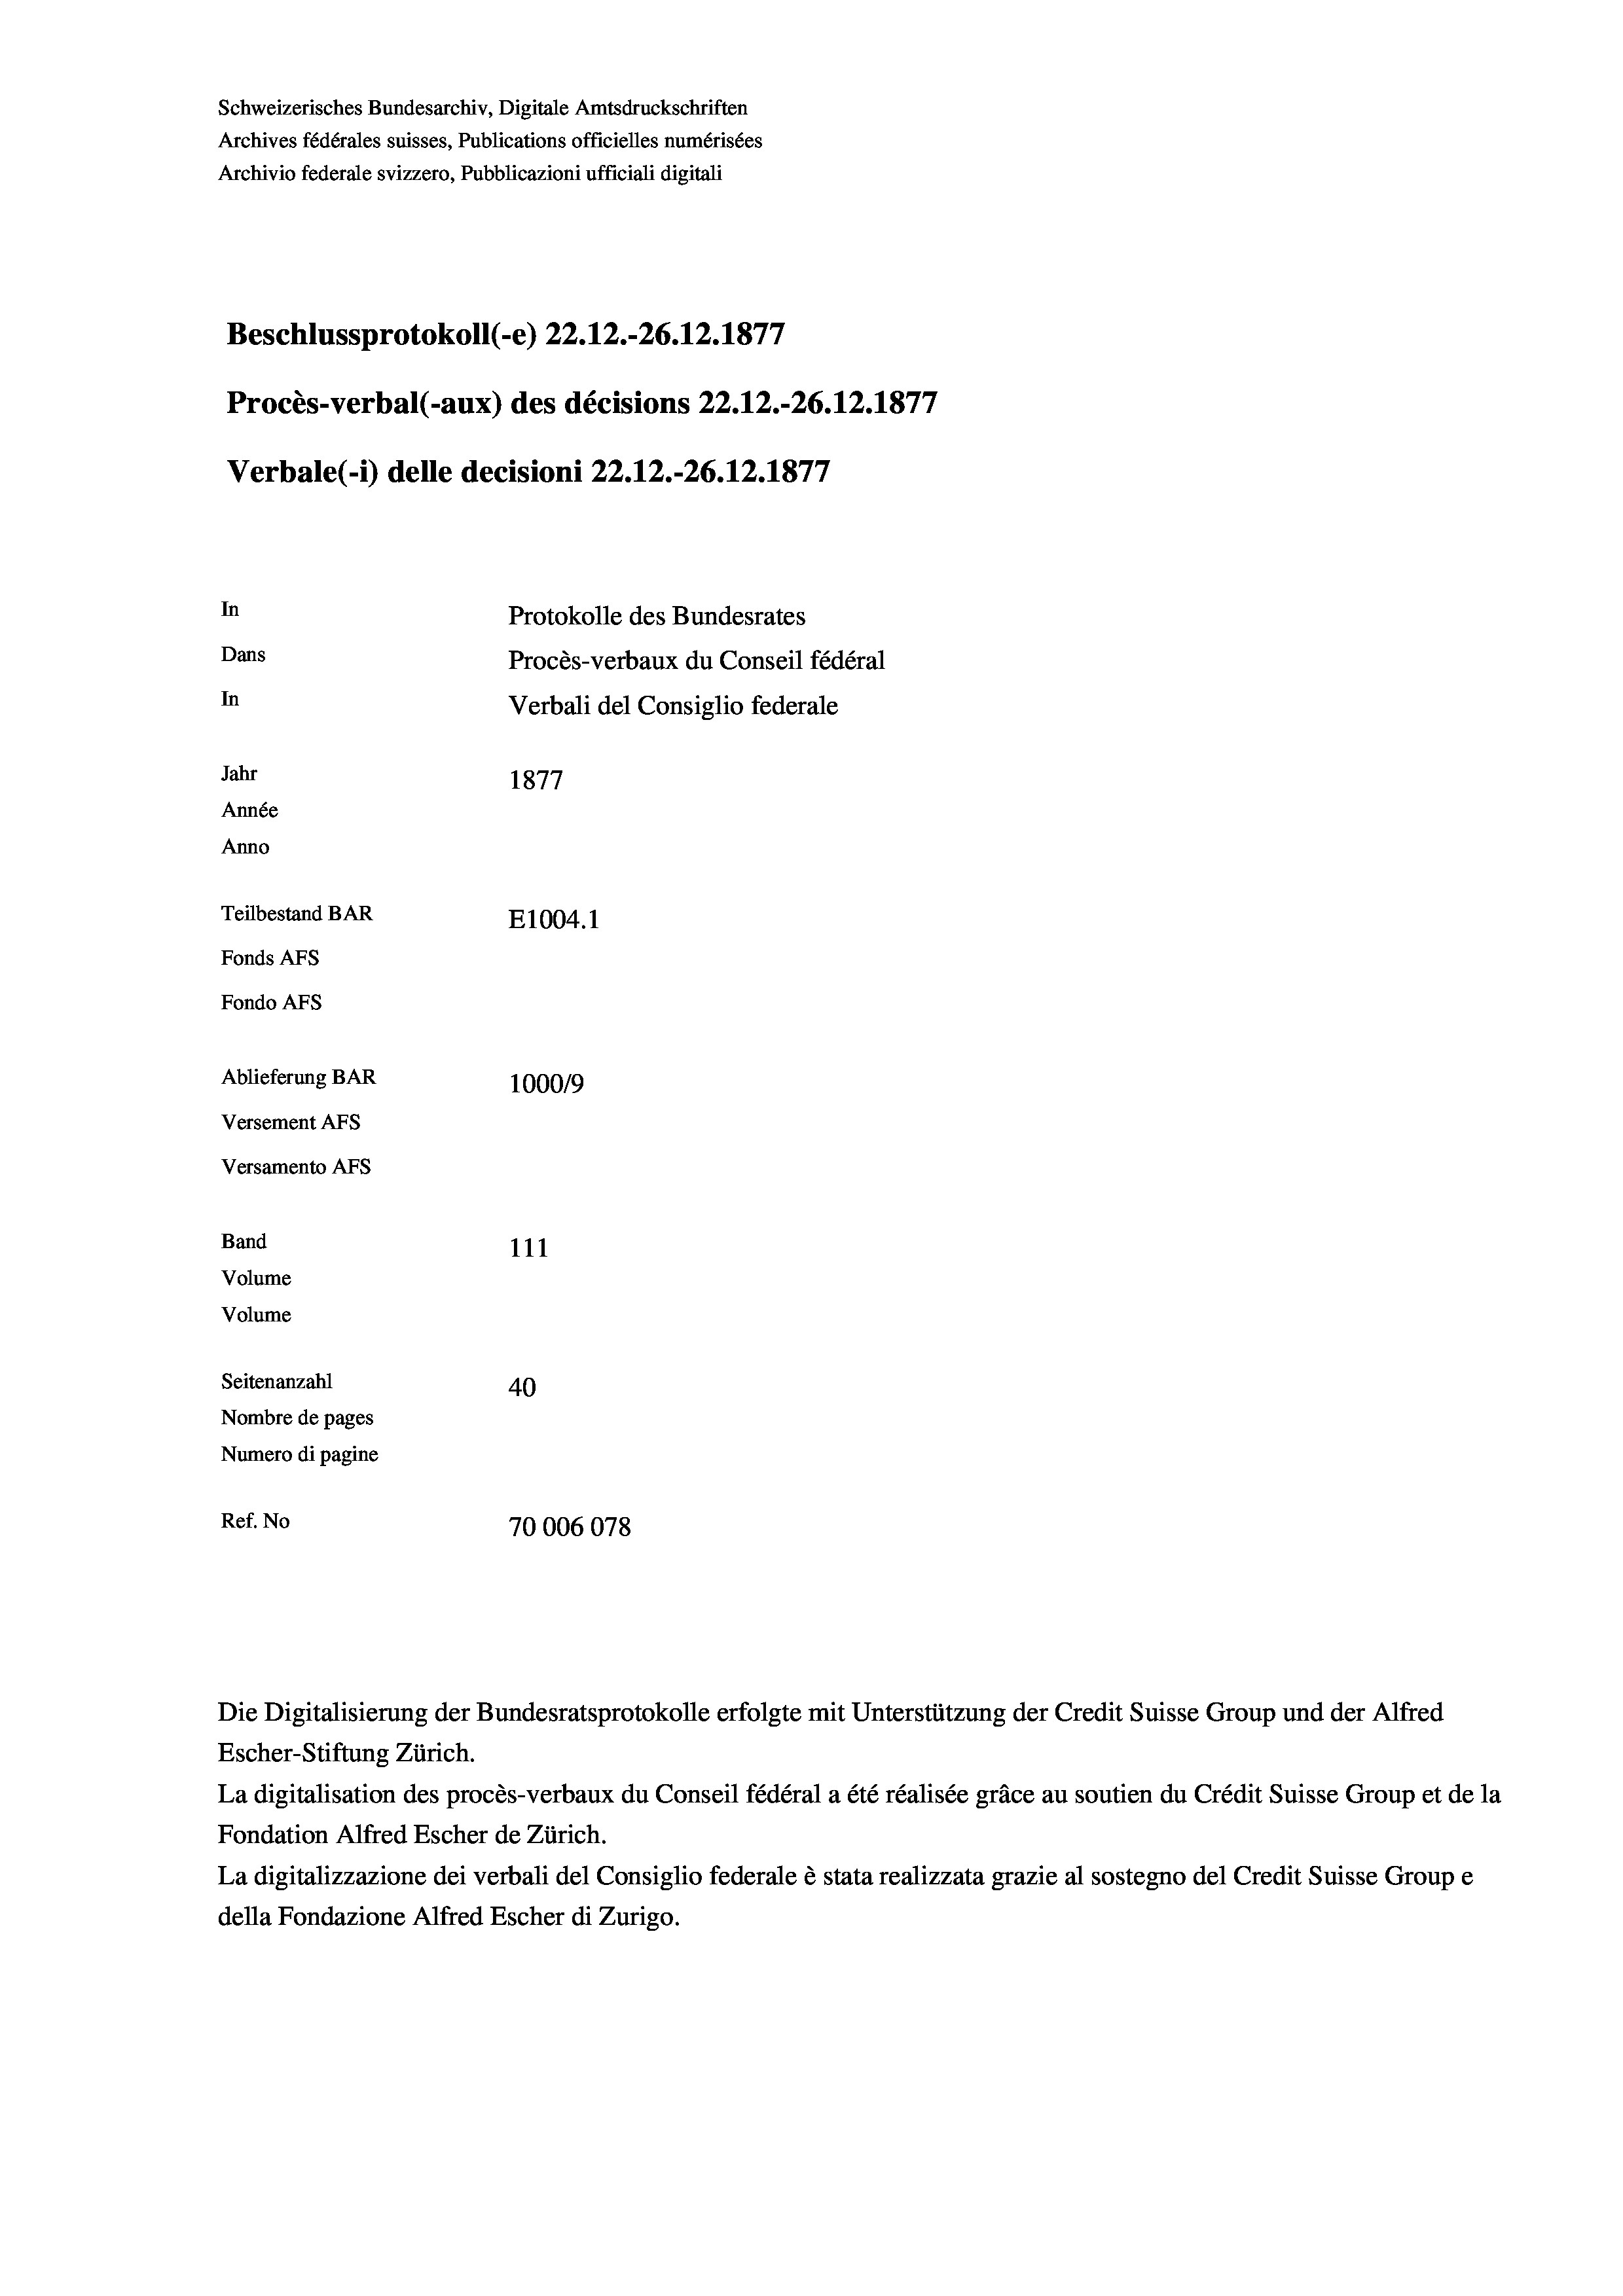
Schweizerisches Bundesarchiv, Digitale Amtsdruckschriften
Archives fédérales suisses, Publications officielles numérisées
Archivio federale svizzero, Pubblicazioni ufficiali digitali
Beschlussprotokoll (-e) 22.12.-26.12.1877
Procès-verbal (-aux) des décisions 22.12.-26.12.1877
Verbale(1) delle decisioni 22.12.-26.12.1877
In
Protokolle des Bundesrates
Dans
Procès-verbaux du Conseil fédéral
In
Verbali del Consiglio federale
Jahr
1877
Année
Anno
Teilbestand BAR
E1004.1
Fonds AFs
Fondo Afs
Ablieferung BAR
100019
Versement AFs

Versamento AFS
Band
Volume

111
Volume
Seitenanzahl
40
Nombre de pages
Numero di pagine
Ref. No
70006078

Die Digitalisierung der Bundesratsprotokolle erfolgte mit Unterstützung der Credit Suisse Group und der Alfred
Escher-Stiftung Zürich.
La digitalisation des procès-verbaux du Conseil fédéral a été réalisée gräce au soutien du Crédit Suisse Group et de la
Fondation Alfred Escher de Zürich.
La digitalizzazione dei verbali del Consiglio federale è stata realizzata grazie al sostegno del Credit Suisse Groupe
della Fondazione Alfred Escher di Zurigo.